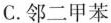
C.邻二甲苯